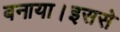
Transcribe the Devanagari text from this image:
बनाया।इससे